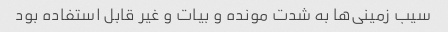
سیب زمینی‌ها به شدت مونده و بیات و غیر قابل استفاده بود